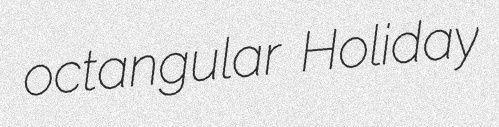
octangular Holiday